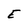
Character: E